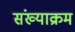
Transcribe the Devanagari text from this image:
संख्याक्रम